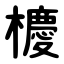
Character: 櫦